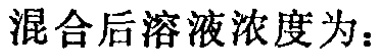
混合后溶液浓度为：